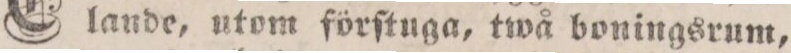
lande, utom förſtuga, twå boningsrum,